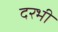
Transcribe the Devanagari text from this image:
दरभी